Report on the lunatic asylums under the Government of Bombay - 1904-1913
Year: 1904
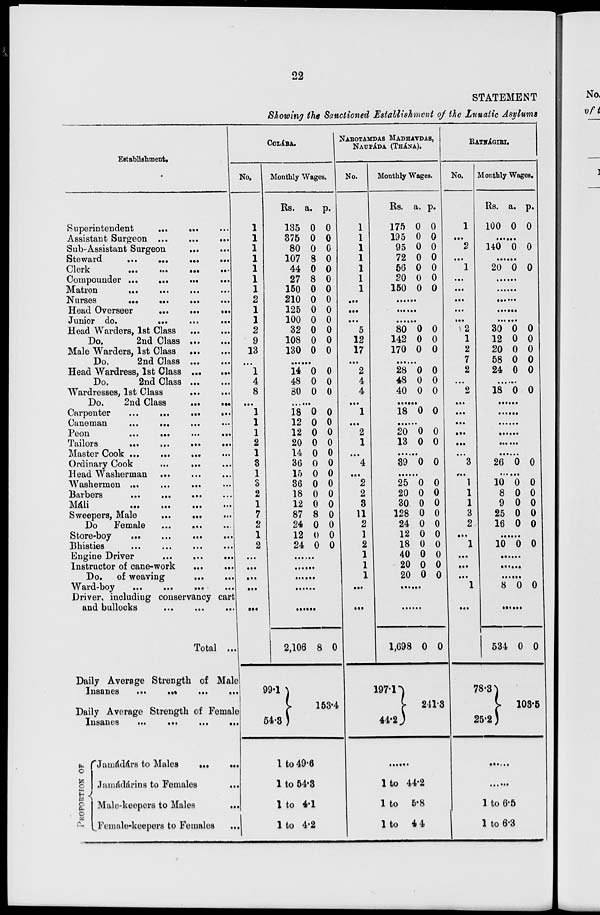
22
STATEMENT
Showing the Sanctioned Establishment of the Lunatic Asylums
Establishment.
Superintendent ... ... ...
Assistant Surgeon
...
...
...
Sub-Assistant Surgeon
...
...
Steward
...
...
...
...
Clerk
...
...
...
...
Compounder
...
...
...
...
Matron
...
...
...
...
Nurses
...
...
...
...
Head Overseer
...
...
...
Junior do.
...
...
...
Head Warders, 1st Class
...
...
Do.
2nd Class
...
...
Male Warders, 1st Class
...
...
Do.
2nd Class ... ...
Head Wardress, 1st Class
...
...
Do.
2nd Class
...
...
Wardresses, 1st Class
...
...
Do.
2nd Class
...
...
Carpenter
...
...
...
...
Caneman
...
...
...
...
Peon
...
...
...
...
Tailors
...
...
...
...
Master Cook ... ... ... ...
Ordinary Cook ... ... ...
Head Washerman ... ... ...
Washermen ... ... ... ...
Barbers
...
...
...
...
Máli
...
...
...
...
Sweepers, Male ... ... ...
Do
Female
...
...
...
Store-boy
...
...
...
...
Bhisties
...
...
...
...
Engine Driver
...
...
...
Instructor of cane-work
...
...
Do.
of weaving
...
...
Ward-boy ... ... ... ...
Driver, including conservancy cart
and bullocks
...
...
...
Total ...
Daily Average Strength of Male
Insanes
...
...
...
...
Daily Average Strength of Female
Insanes
...
...
...
...
PROPORTION
OF
Jamádárs to Males
...
...
Jamádárins to Females
...
Male-keepers to Males
...
Female-keepers to Females ...
COLÁBA.
No.
1
1
1
1
1
1
1
1
1
1
2
9
13
...
1
4
8
...
1
1
1
2
1
3
1
3
2
1
7
2
1
2
...
...
...
...
...
Monthly Wages.
Rs.
135
375
80
107
44
27
150
210
125
100
32
108
130
a.
0
0
0
8
0
8
0
0
0
0
0
0
0
p.
0
0
0
0
0
0
0
0
0
0
0
0
0
......
14
48
80
0
0
0
0
0
0
......
18
12
12
20
14
36
15
36
18
12
87
24
12
24
0
0
0
0
0
0
0
0
0
0
8
0
0
0
0
0
0
0
0
0
0
0
0
0
0
0
0
0
......
......
......
......
......
2,106
99.1
54.3
8 0
153.4
1 to 49.6
1 to 54.3
1 to 4.1
1 to 4.2
NAROTAMDAS MADHAVDAS,
NAUPÁDA. (THÁNA).
No.
1
1
1
1
1
1
1
...
...
...
5
12
17
...
2
4
4
...
1
...
2
1
...
4
...
2
2
3
11
2
1
2
1
1
1
...
...
Monthly Wages.
Rs.
175
195
95
72
56
20
150
a.
0
0
0
0
0
0
0
p.
0
0
0
0
0
0
0
......
......
......
80
142
170
0
0
0
0
0
0
......
28
48
40
0
0
0
0
0
0
......
18 0 0
......
20
13
0
0
0
0
......
39 0 0
......
25
20
30
128
24
12
18
40
20
20
0
0
0
0
0
0
0
0
0
0
0
0
0
0
0
0
0
0
0
0
......
......
1,698
197.1
44.2
0 0
241.3
......
1 to 44.2
1 to 5.8
1 to 4.4
RATNÁGIRI.
No.
1
...
2
...
1
...
...
...
...
...
2
1
2
7
2
...
2
...
...
...
...
...
...
3
...
1
1
1
3
2
...
1
...
...
...
1
...
Monthly Wages.
Rs.
100
a.
0
p.
0
......
140 0 0
......
20 0 0
......
......
......
......
......
30
12
20
58
24
0
0
0
0
0
0
0
0
0
0
......
18 0 0
......
......
......
......
......
......
26 0 0
......
10
8
9
25
16
0
0
0
0
0
0
0
0
0
0
......
10 0 0
......
......
......
8 0 0
......
534
78.3
25.2
0 0
103.5
......
......
1 to 6.5
1 to 6.3